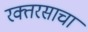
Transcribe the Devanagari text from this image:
रक्तरसाचा